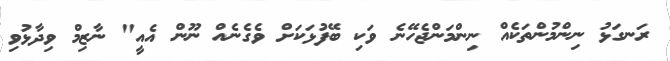
ރަނގަޅު ނިންމުންތަކެއް ނިންމަންޖެހޭނެ ވަކި ބޭފުޅަކަށް ވެގެނެއް ނޫން އެއީ" ނާޒިމް ވިދާޅުވި